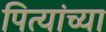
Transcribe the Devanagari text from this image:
पित्यांच्या